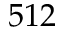
5 1 2